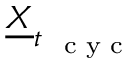
\underline { { \boldsymbol X } } _ { t _ { \mathrm { ~ \scriptsize ~ c ~ y ~ c ~ } } }